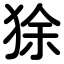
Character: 狳